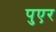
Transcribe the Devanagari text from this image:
पुएर